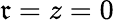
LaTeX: \mathfrak{r}=z=0